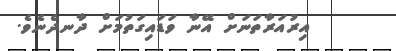
އިރުއަރާތަނަށް އޭނާ ވަޑައިގަތުމަށް ދާނދެނެވެ.